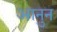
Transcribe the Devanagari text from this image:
आनुन